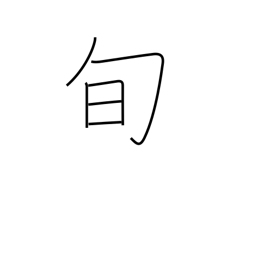
Meaning: season (for specific products)